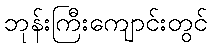
ဘုန်းကြီးကျောင်းတွင်